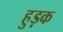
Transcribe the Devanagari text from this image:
हुड़क